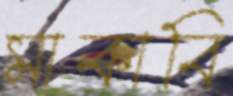
মাকাবি